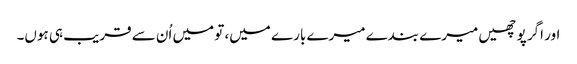
اور اگر پوچھیں میرے بندے میرے بارے میں، تو میں اُن سے قریب ہی ہوں۔